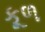
કૂળ